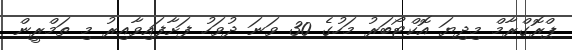
ޕްރޮގްރާމް މިދިޔަ އޮކްޓޯބަރު މަހުގެ 30 ވަނަ ދުވަހު ފަށާފައިވާއިރު މި ތަމްރީން